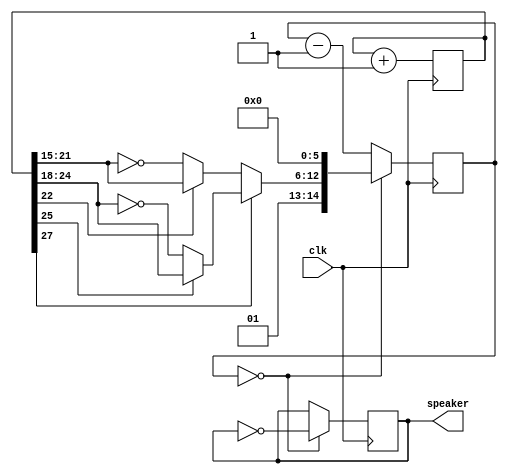
`timescale 1ns / 1ps
//////////////////////////////////////////////////////////////////////////////////
// Company: 
// Engineer: 
// 
// Design Name: 
// Module Name: police
// Project Name: 
// Target Devices: 
// Tool Versions: 
// Description: 
// 
// Dependencies: 
// 
// Revision:
// Revision 0.01 - File Created
// Additional Comments:
// 
//////////////////////////////////////////////////////////////////////////////////


module police(clk, speaker);
input clk;
output reg speaker;

reg [27:0] tone;
reg [14:0] counter;

initial begin 

tone = 28'd0; 
counter = 15'd0; 
speaker = 0;

end 
 
always @(posedge clk) tone <= tone+1;

wire [6:0] fastsweep = (tone[22] ? tone[21:15] : ~tone[21:15]);
wire [6:0] slowsweep = (tone[25] ? tone[24:18] : ~tone[24:18]);
wire [14:0] clkdivider = {2'b01, (tone[27] ? slowsweep : fastsweep), 6'b000000};

always @(posedge clk) if(counter==0) counter <= clkdivider; else counter <= counter-1;


always @(posedge clk) if(counter==0) speaker <= ~speaker;
endmodule